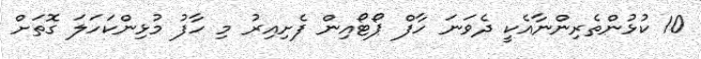
10 ކުޅުންތެރިންނާއެކީ ދެވަނަ ހާފް ޕޯޓޯއިން ފެށިއިރު މި ހާފު މުޅިންކަހަލަ ގޮތަށް